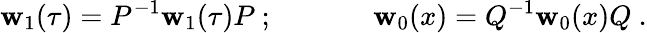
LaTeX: \mathbf{w}_{1}(\tau)=P^{-1}\mathbf{w}_{1}(\tau)P~;~~~~~~~~~~~~~~\mathbf{w}_{0}(x)=Q^{-1}\mathbf{w}_{0}(x)Q~.